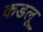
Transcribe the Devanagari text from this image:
कडलू